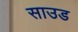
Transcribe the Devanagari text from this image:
साउड